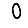
Digit: 0